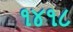
૧૪૧૮